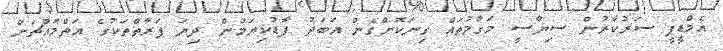
އެމްޑީޕީ ސަރުކާރުން ސިޔާސީ މަގާމުތައް ގިނަކޮށްގެން އަބަދު ފާޑުކިޔަމުން ދިޔަ ފަރާތްތަކުގެ އަތްމައްޗަށް